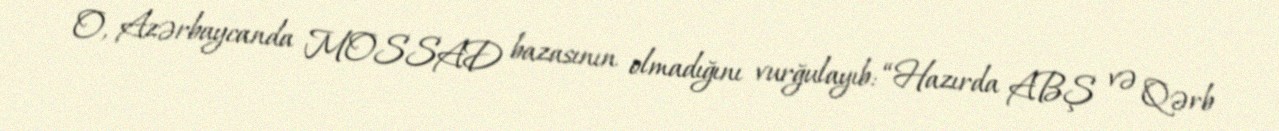
O, Azərbaycanda MOSSAD bazasının olmadığını vurğulayıb: “Hazırda ABŞ və Qərb